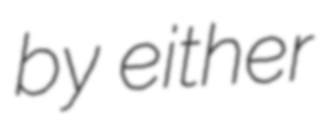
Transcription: by either